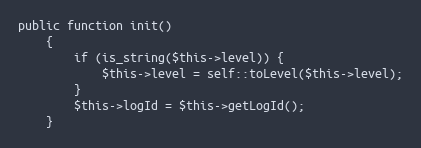
Language: PHP
public function init()
    {
        if (is_string($this->level)) {
            $this->level = self::toLevel($this->level);
        }
        $this->logId = $this->getLogId();
    }